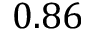
0 . 8 6